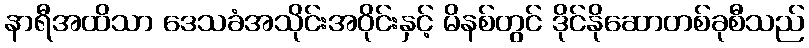
နာရီအထိသာ ဒေသခံအသိုင်းအဝိုင်းနှင့် မိနစ်တွင် ဒိုင်နိုဆောတစ်ခုစီသည်